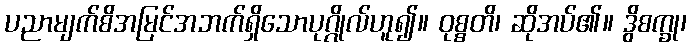
ပညာမျက်စိအမြင်အဘက်ရှိသောပုဂ္ဂိုလ်ဟူ၍။ ဝုစ္စတိ၊ ဆိုအပ်၏။ ဒွိစက္ခု၊